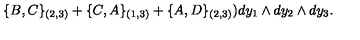
\{ B , C \} _ { ( 2 , 3 ) } + \{ C , A \} _ { ( 1 , 3 ) } + \{ A , D \} _ { ( 2 , 3 ) } ) d y _ { 1 } \wedge d y _ { 2 } \wedge d y _ { 3 } .